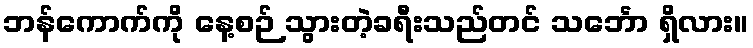
ဘန်ကောက်ကို နေ့စဉ် သွားတဲ့ခရီးသည်တင် သင်္ဘော ရှိလား။